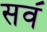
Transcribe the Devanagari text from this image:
सव॔